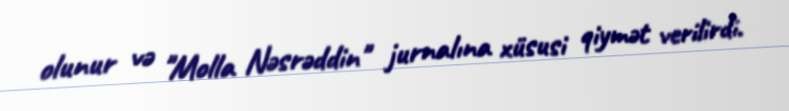
olunur və "Molla Nəsrəddin" jurnalına xüsusi qiymət verilirdi.